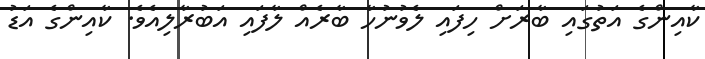
ކާއިންގެ އަތުގައި ބާރަށް ހިފައި ލެވުނުހާ ބާރެއް ލާފައި އަބުރާލިއެވެ. ކާއިންގެ އަޑު